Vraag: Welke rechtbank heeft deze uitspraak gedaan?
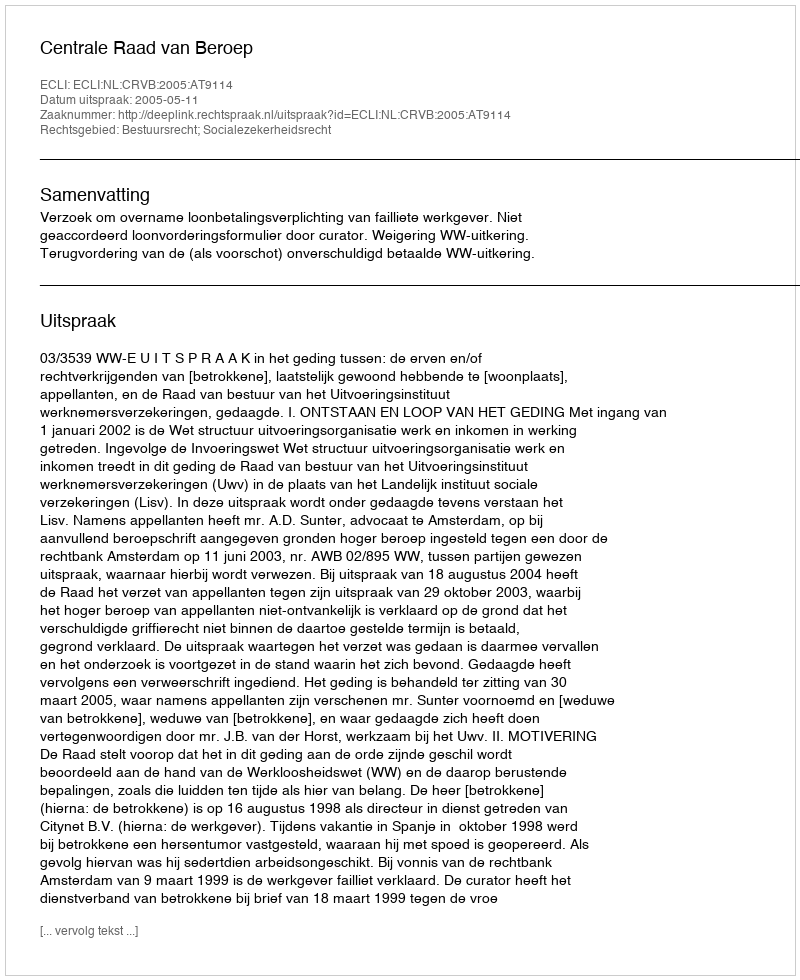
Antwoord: Centrale Raad van Beroep